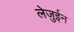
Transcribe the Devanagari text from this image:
लेजुईन